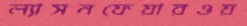
ল্যাসনফেয়ারওয়